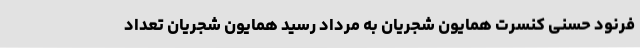
فرنود حسنی کنسرت همایون شجریان به مرداد رسید همایون شجریان تعداد